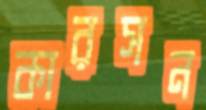
কারসন